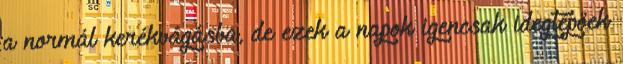
a normál kerékvágásba, de ezek a napok igencsak idegtépőek